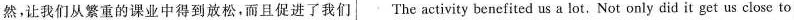
然，让我们从繁重的课业中得到放松，而且促进了我们 The activity benefited us a lot, Not only did it get us close to